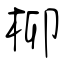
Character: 柳